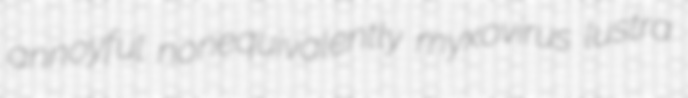
annoyful nonequivalently myxovirus lustra